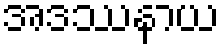
အဒဿနာယ